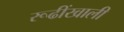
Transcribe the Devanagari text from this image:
रूढींखाली